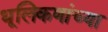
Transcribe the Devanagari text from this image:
धूलिकणांच्या